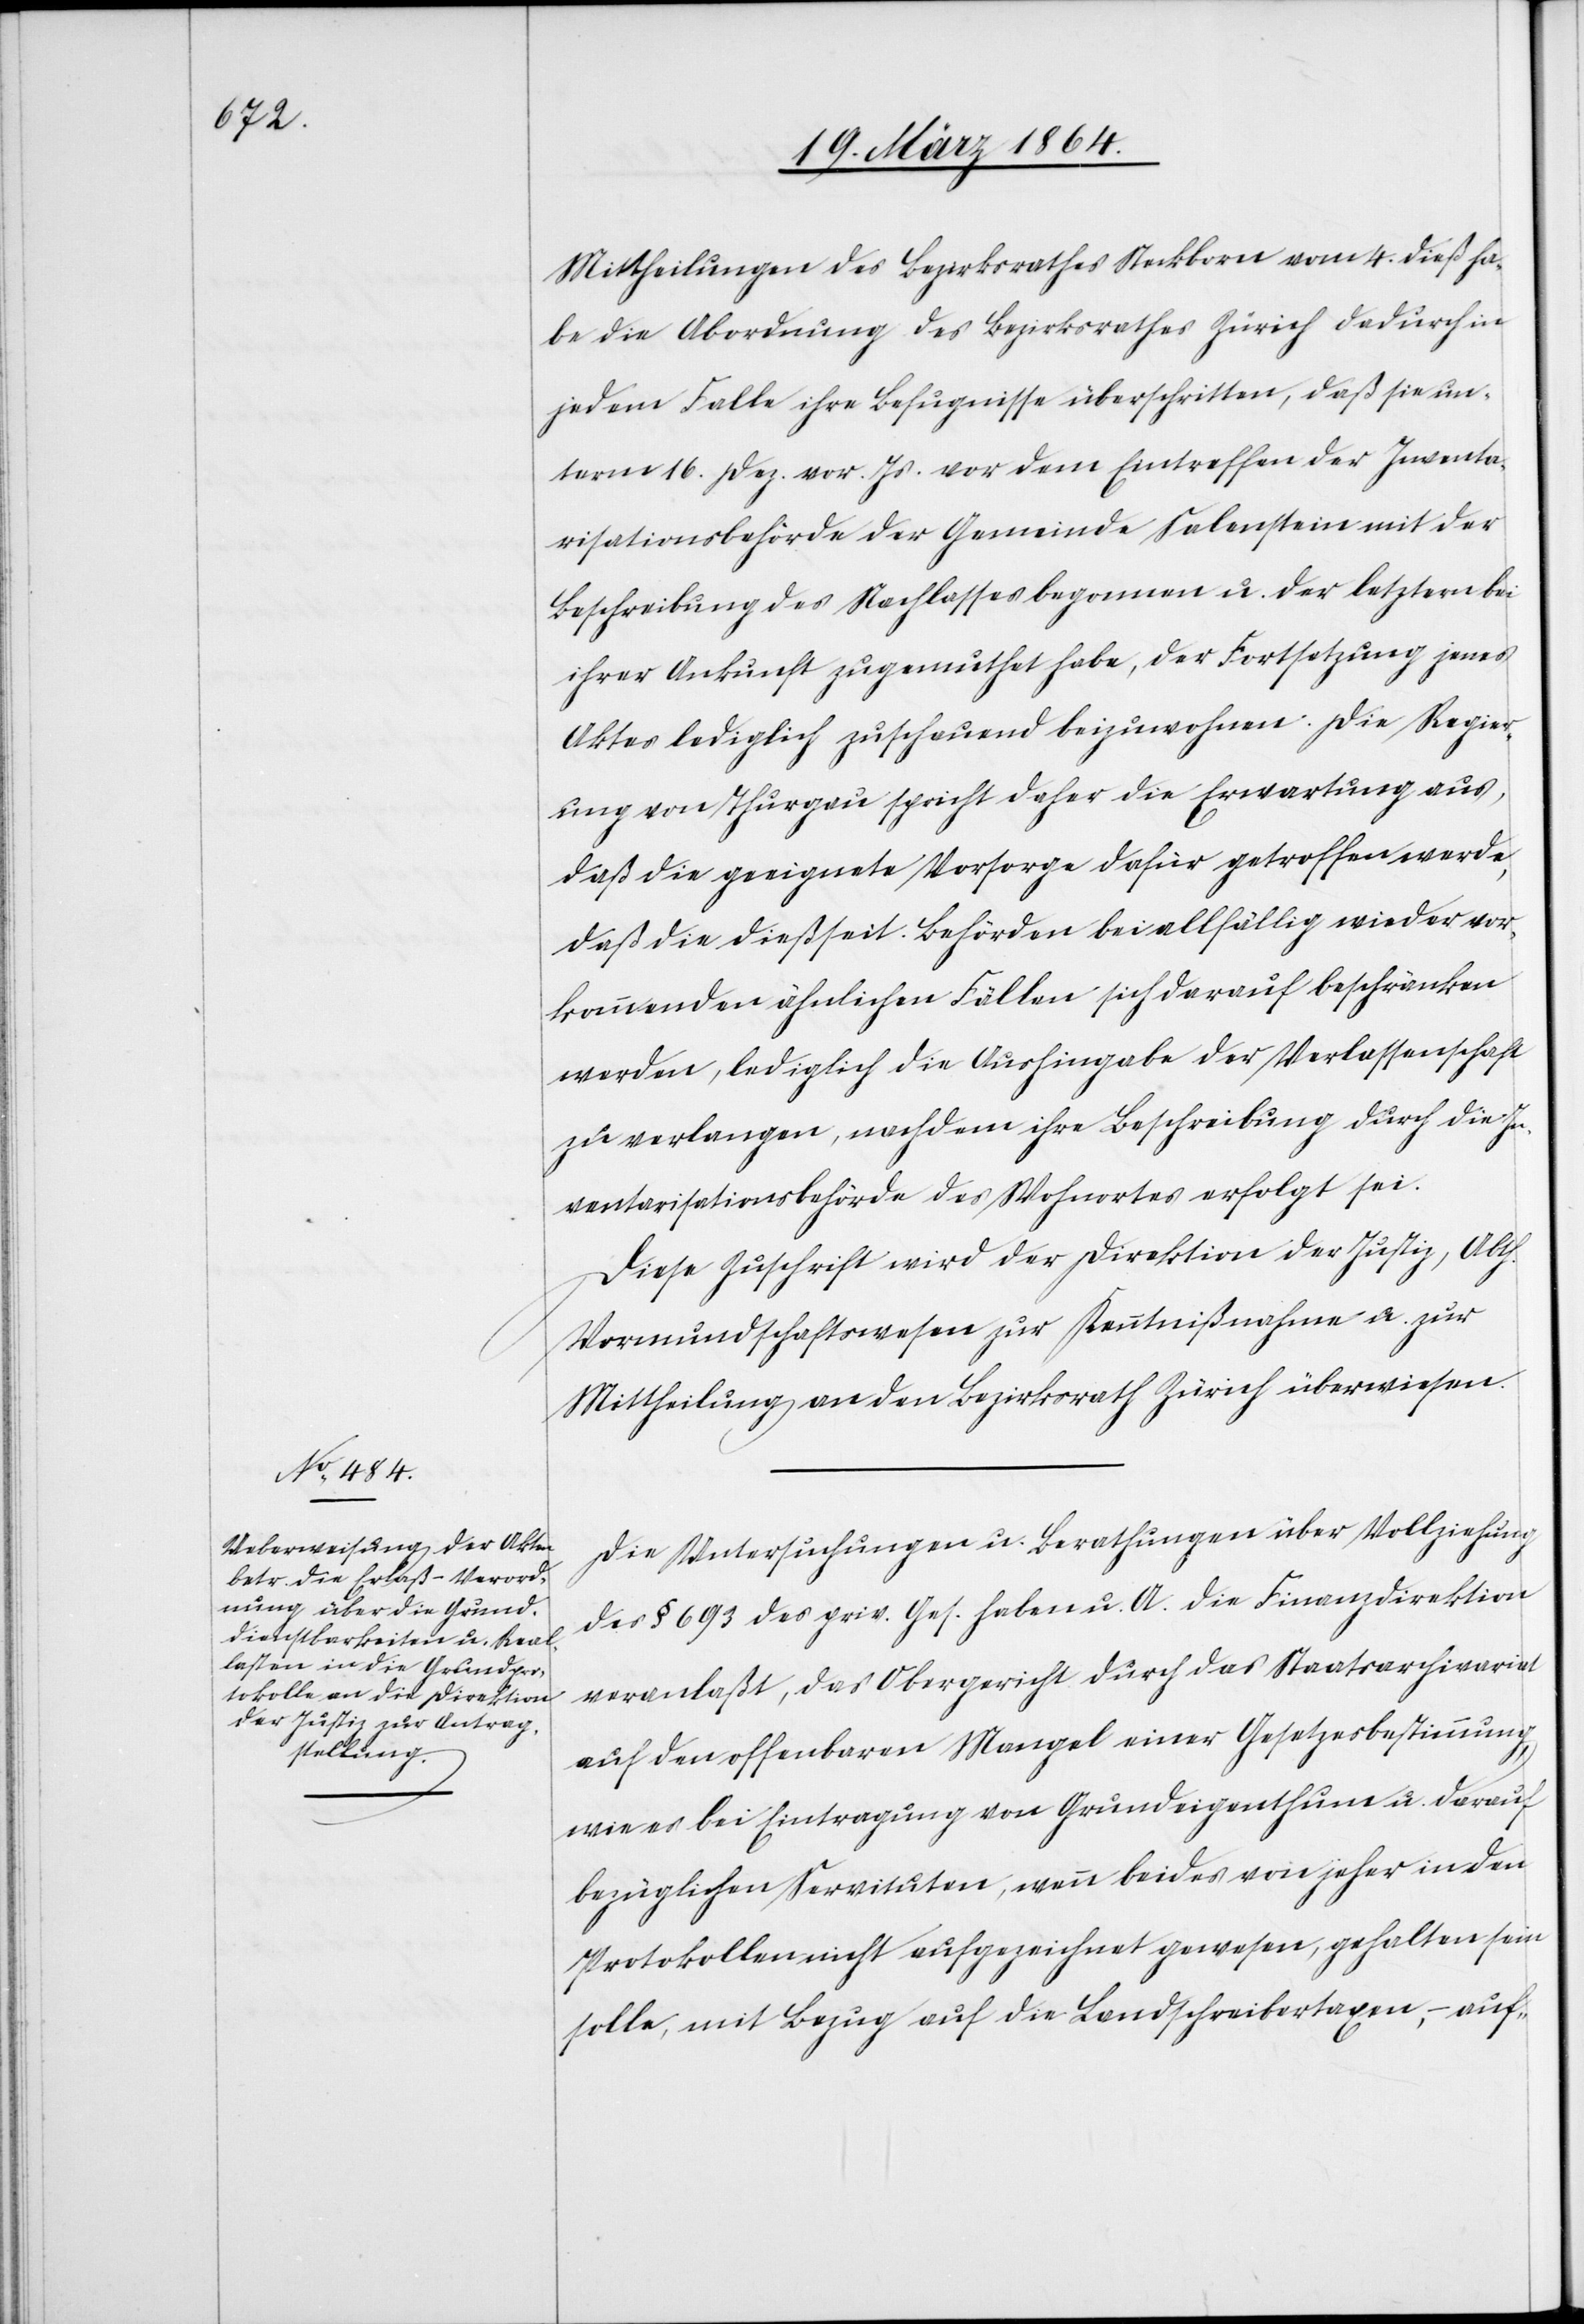
Mittheilungen des Bezirksrathes Steckborn vom 4. dieß ha¬
be die Abordnung des Bezirksrathes Zürich dadurch in
jedem Falle ihre Befugnisse überschritten, daß sie un¬
term 16. Dez. vor. Js. vor dem Eintreffen der Inventa¬
risationsbehörde der Gemeinde Salenstein mit der
Beschreibung des Nachlasses begonnen u. der letztern bei
ihrer Ankunft zugemuthet habe, der Fortsetzung jenes
Aktes lediglich zusehend beizuwohnen. Die Regier¬
ung von Thurgau spricht daher die Erwartung aus,
daß die geeignete Vorsorge dafür getroffen werde,
daß die dießseit. Behörden bei allfällig wieder vor¬
kommenden ähnlichen Fällen sich darauf beschränken
werden, lediglich die Aushingabe der Verlassenschaft
zu verlangen, nachdem ihre Beschreibung durch die In¬
ventarisationsbehörde des Wohnortes erfolgt sei.
Diese Zuschrift wird der Direktion der Justiz, Abth.
Vormundschaftswesen zur Kenntnißnahme u. zur
Mittheilung an den Bezirksrath Zürich überwiesen.
Die Untersuchungen u. Berathungen über Vollziehung
des § 693 des priv. Ges. haben u. A. die Finanzdirektion
veranlaßt, das Obergericht durch das Staatsarchivariat
auf den offenbaren Mangel einer Gesetzesbestimmung,
wie es bei Eintragung von Grundeigenthum u. darauf
bezüglichen Servituten, wenn beides von jeher in den
Protokollen nicht aufgezeichnet gewesen, gehalten sein
solle, mit Bezug auf die Landschreibertaxen, – auf-